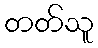
တတ်သူ